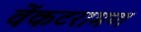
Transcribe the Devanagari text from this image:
वेंकटरामण